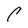
Character: C